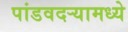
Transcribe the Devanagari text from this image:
पांडवदर्‍यामध्ये